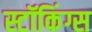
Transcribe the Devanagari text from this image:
स्टॉकिंग्स